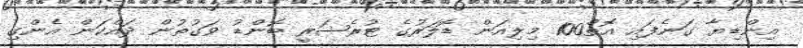
އިންޑިޔާ ގަނެފައި އޮތް100 މިލިއަން ޑޮލަރުގެ ޓުރެޝަރީ ބޮންޑު ވަގުތުން ދައްކަން އެންގި